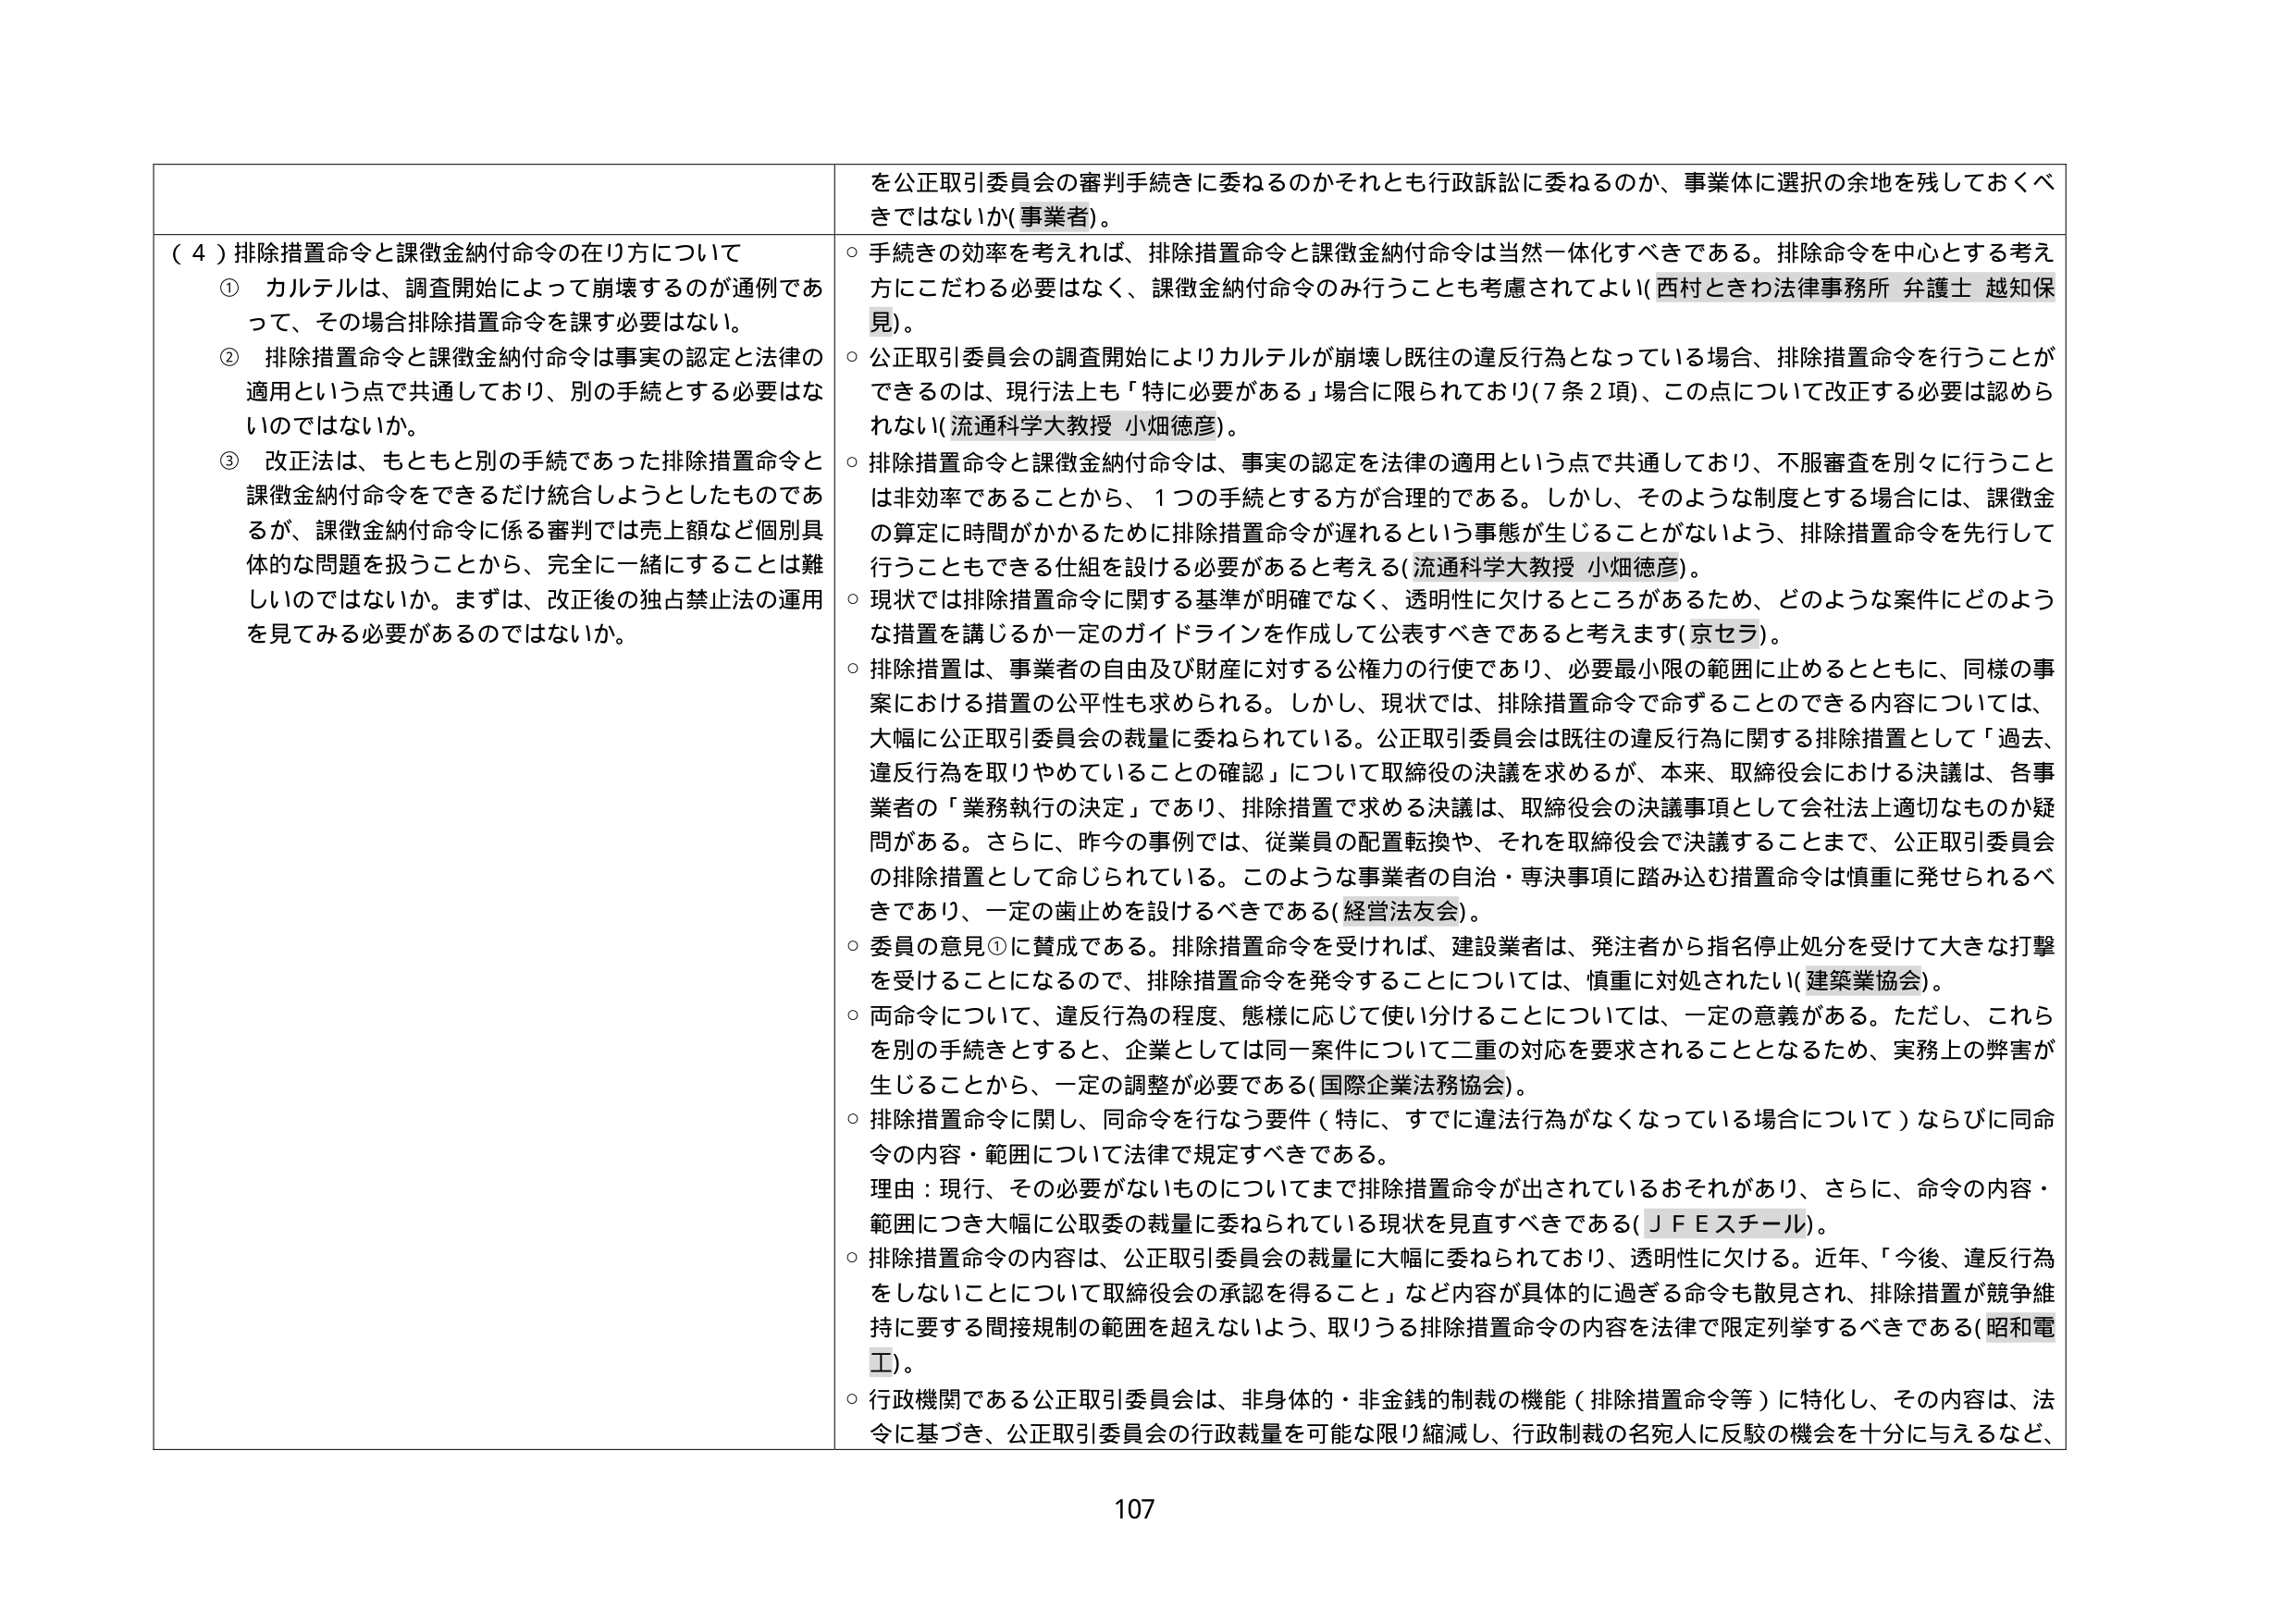
（４）排除措置命令と課徴金納付命令の在り方について
① カルテルは、調査開始によって崩壊するのが通例であって、その場合排除措置命令を課す必要はない。
② 排除措置命令と課徴金納付命令は事実の認定と法律の適用という点で共通しており、別の手続とする必要はないのではないか。
③ 改正法は、もともと別の手続であった排除措置命令と課徴金納付命令をできるだけ統合しようとしたものであるが、課徴金納付命令に係る審判では売上額など個別具体的な問題を扱うことから、完全に一緒にすることは難しいのではないか。まずは、改正後の独占禁止法の運用を見てみる必要があるのではないか。

を公正取引委員会の審判手続きに委ねるのかそれとも行政訴訟に委ねるのか、事業体に選択の余地を残しておくべきではないか（事業者）。
○ 手続きの効率を考えれば、排除措置命令と課徴金納付命令は当然一体化すべきである。排除命令を中心とする考え方にこだわる必要はなく、課徴金納付命令のみ行うことも考慮されてよい（西村ときわ法律事務所 弁護士 越知保見）。
○ 公正取引委員会の調査開始によりカルテルが崩壊し既往の違反行為となっている場合、排除措置命令を行うことができるのは、現行法上も「特に必要がある」場合に限られており（7条2項）、この点について改正する必要は認められない（流通科学大教授 小畑徳彦）。
○ 排除措置命令と課徴金納付命令は、事実の認定を法律の適用という点で共通しており、不服審査を別々に行うことは非効率であることから、1つの手続とする方が合理的である。しかし、そのような制度とする場合には、課徴金の算定に時間がかかるために排除措置命令が遅れるという事態が生じることがないよう、排除措置命令を先行して行うこともできる仕組を設ける必要があると考える（流通科学大教授 小畑徳彦）。
○ 現状では排除措置命令に関する基準が明確でなく、透明性に欠けるところがあるため、どのような案件にどのような措置を講じるか一定のガイドラインを作成して公表すべきであると考えます（京セラ）。
○ 排除措置は、事業者の自由及び財産に対する公権力の行使であり、必要最小限の範囲に止めるとともに、同様の事案における措置の公平性も求められる。しかし、現状では、排除措置命令で命ずることのできる内容については、大幅に公正取引委員会の裁量に委ねられている。公正取引委員会は既往の違反行為に関する排除措置として「過去、違反行為を取りやめていることの確認」について取締役の決議を求めるが、本来、取締役会における決議は、各事業者の「業務執行の決定」であり、排除措置で求める決議は、取締役会の決議事項として会社法上適切なものか疑問がある。さらに、昨今の事例では、従業員の配置転換や、それを取締役会で決議することまで、公正取引委員会の排除措置として命じられている。このような事業者の自治・専決事項に踏み込む措置命令は慎重に発せられるべきであり、一定の歯止めを設けるべきである（経営法友会）。
○ 委員の意見①に賛成である。排除措置命令を受けければ、建設業者は、発注者から指名停止処分を受けて大きな打撃を受けることになるので、排除措置命令を発令することについては、慎重に対処されたい（建築業協会）。
○ 両命令について、違反行為の程度、態様に応じて使い分けることについては、一定の意義がある。ただし、これらを別の手続きとすると、企業としては同一案件について二重の対応を要求されることとなるため、実務上の弊害が生じることから、一定の調整が必要である（国際企業法務協会）。
○ 排除措置命令に関し、同命令を行なう要件（特に、すでに違法行為がなくなっている場合について）ならびに同命令の内容・範囲について法律で規定すべきである。
理由：現行、その必要がないものについてまで排除措置命令が出されているおそれがあり、さらに、命令の内容・範囲につき大幅に公取委の裁量に委ねられている現状を見直すべきである（ＪＦＥスチール）。
○ 排除措置命令の内容は、公正取引委員会の裁量に大幅に委ねられており、透明性に欠ける。近年、「今後、違反行為をしないことについて取締役会の承認を得ること」など内容が具体的に過ぎる命令も散見され、排除措置が競争維持に要する間接規制の範囲を超えないよう、取りうる排除措置命令の内容を法律で限定列挙するべきである（昭和電工）。
○ 行政機関である公正取引委員会は、非身体的・非金銭的制裁の機能（排除措置命令等）に特化し、その内容は、法令に基づき、公正取引委員会の行政裁量を可能な限り縮減し、行政制裁の名宛人に反駁の機会を十分に与えるなど、

107